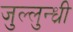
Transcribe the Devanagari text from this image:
जुल्लुन्ध्री